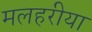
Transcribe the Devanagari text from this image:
मलहरीया